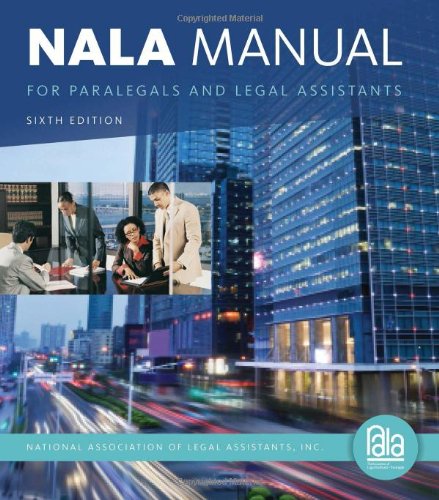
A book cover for NALA Manual for Paralegals and Legal Assistants: A General Skills & Litigation Guide for Today's Professionals; National Association of Legal Assistants; Law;